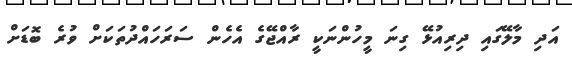
އަދި މާލޭގައި ދިރިއުޅޭ ގިނަ މީހުންނަކީ ރާއްޖޭގެ އެހެން ސަރަހައްދުތަކަށް ވުރެ ބޮޑަށް